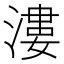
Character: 漊